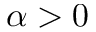
\alpha > 0